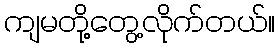
ကျမတို့တွေ့လိုက်တယ်။